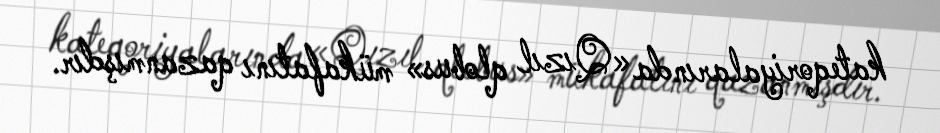
kateqoriyalarında «Qızıl qlobus» mükafatını qazanmışdır.